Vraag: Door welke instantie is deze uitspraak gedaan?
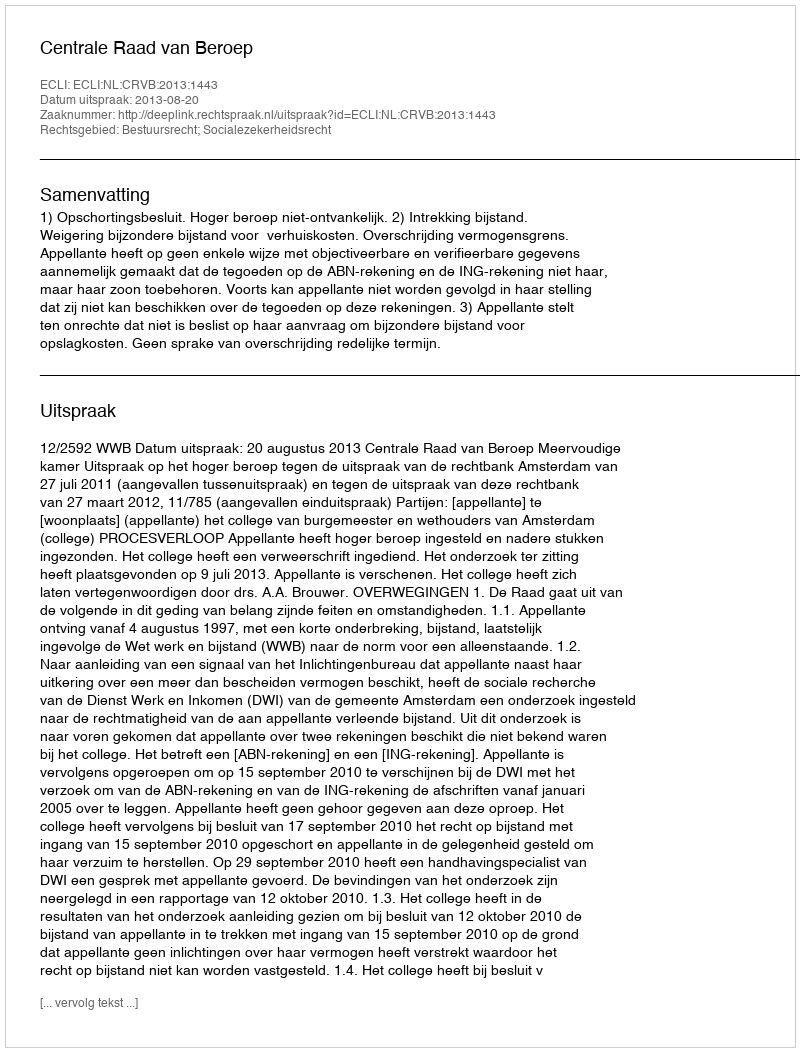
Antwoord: Centrale Raad van Beroep